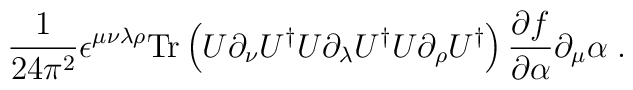
\frac{1}{24 \pi^2}  \epsilon^{\mu \nu\lambda\rho}           \mbox{Tr} \left( U\partial_\nu U^{\dagger}                 U\partial_\lambda U^{\dagger}  U\partial_\rho U^{\dagger}                    \right)\frac{\partial f}{\partial \alpha}\partial_\mu\alpha\;.